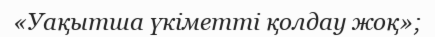
«Уақытша үкіметті қолдау жоқ»;